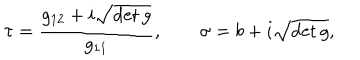
LaTeX: \tau = \frac { g _ { 1 2 } + i \sqrt { \det g } } { g _ { 1 1 } } , \qquad \sigma = b + i \textstyle \sqrt { \det g } ,